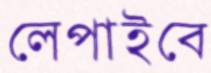
লেপাইবে